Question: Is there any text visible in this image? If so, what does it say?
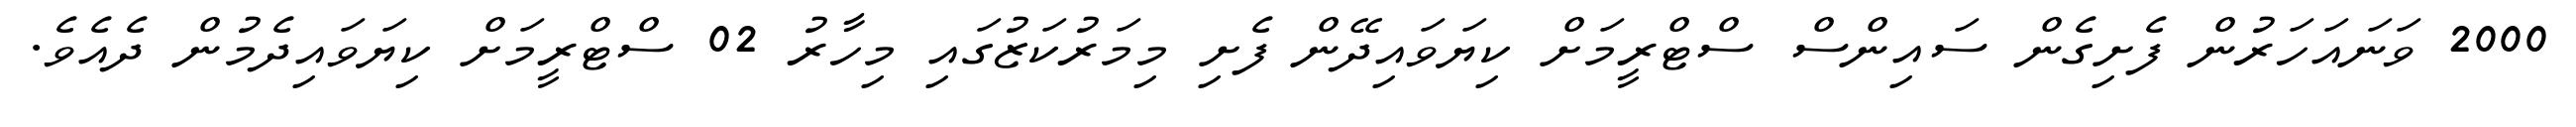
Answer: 2000 ވަނައަހަރުން ފެށިގެން ސައިންސް ސްޓްރީމަށް ކިޔަވައިދޭން ފެށި މިމަރުކަޒުގައި މިހާރު 02 ސްޓްރީމަށް ކިޔަވައިދެމުން ދެއެވެ.